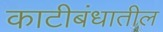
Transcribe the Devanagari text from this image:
काटीबंधातील